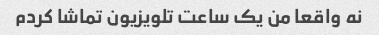
نه واقعا من یک ساعت تلویزیون تماشا کردم